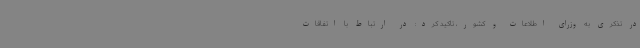
در تذکری به وزرای اطلاعات و کشور، تاکید کرد: در ارتباط با اتفاقات